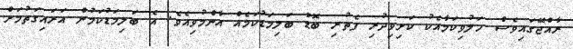
ރާއްޖޭގައިވެސް ހަލުވިކަމާއެކު ކަށިވިދުރި ފެތުރި ބޮޑު ބަލިމަޑުކަމެއް އާންމުވިއެވެ. އެ ބަލިމަޑުކަމުން އަރައިގަތުމަށް